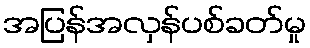
အပြန်အလှန်ပစ်ခတ်မှု